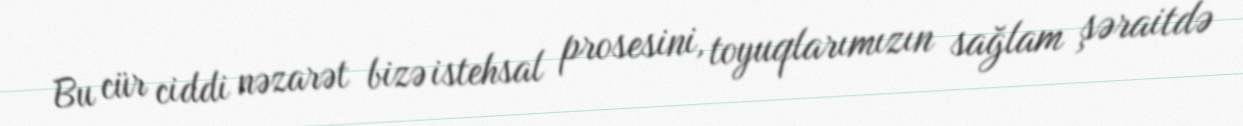
Bu cür ciddi nəzarət bizə istehsal prosesini, toyuqlarımızın sağlam şəraitdə